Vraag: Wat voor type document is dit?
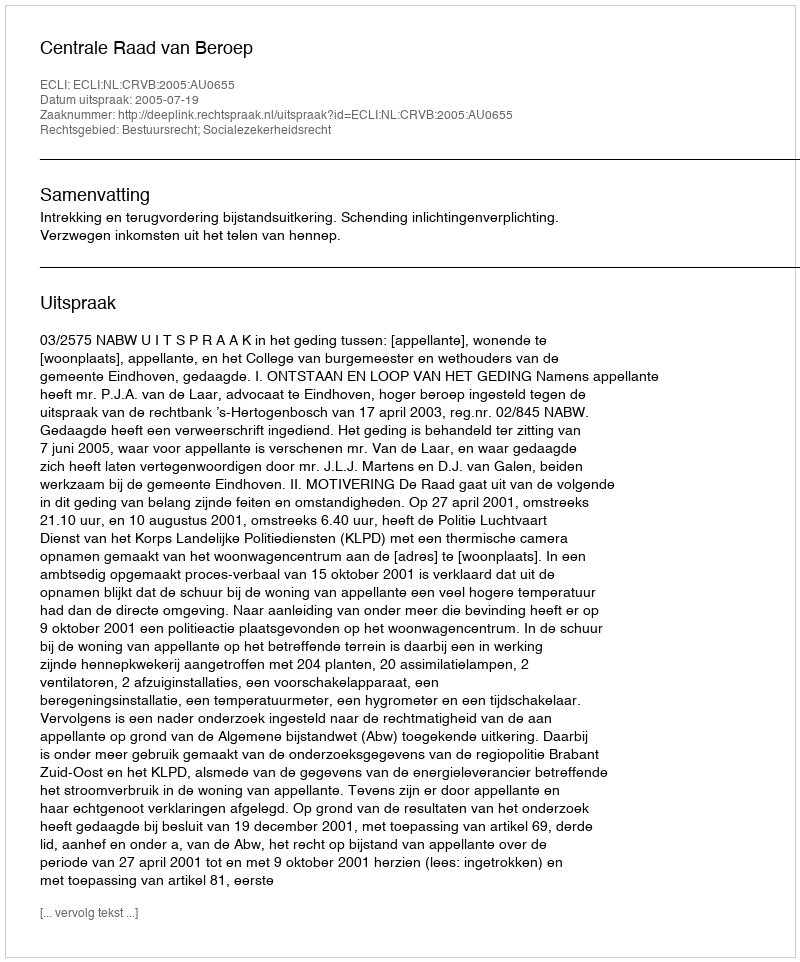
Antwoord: Uitspraak